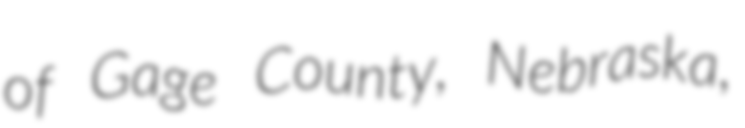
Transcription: of Gage County, Nebraska,